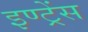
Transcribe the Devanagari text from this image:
इण्ट्रेंस